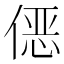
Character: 𱏀